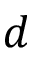
d